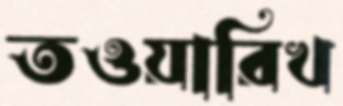
তওয়ারিখ